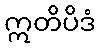
ဣတိပိဒံ